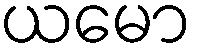
ယမော